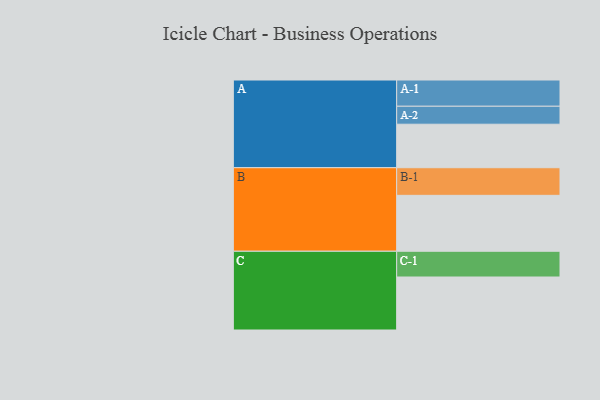
{"axis": {"x": "Segment", "y": "Value"}, "legend": ["", "A", "B", "C"], "data": [{"x": "A", "y": 446, "type": ""}, {"x": "B", "y": 573, "type": ""}, {"x": "C", "y": 543, "type": ""}, {"x": "A-1", "y": 269, "type": "A"}, {"x": "A-2", "y": 184, "type": "A"}, {"x": "B-1", "y": 283, "type": "B"}, {"x": "C-1", "y": 264, "type": "C"}]}